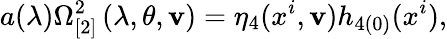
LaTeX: a(\lambda)\Omega_{\lbrack2]}^{2}\left(\lambda,\theta,\mathbf{v}\right)=\eta_{4}(x^{i},\mathbf{v})h_{4(0)}(x^{i}),